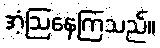
အံ့ဩနေကြသည်။